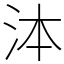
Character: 泍